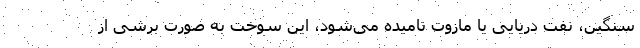
سنگین، نفت دریایی یا مازوت نامیده می‌شود، این سوخت به صورت برشی از